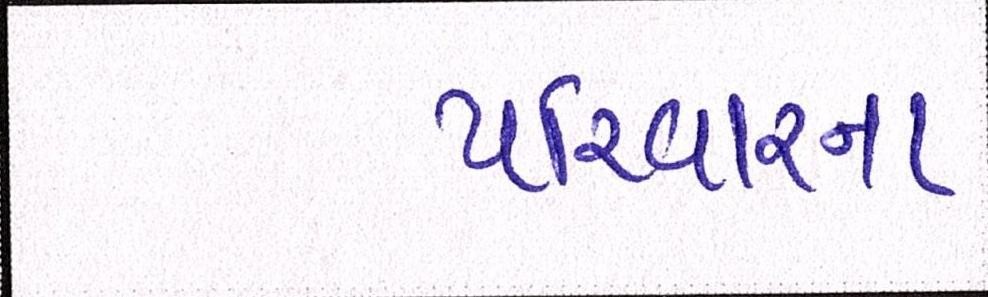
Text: પરિવારના